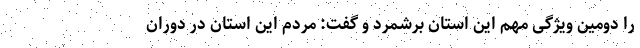
را دومین ویژگی مهم این استان برشمرد و گفت: مردم این استان در دوران